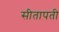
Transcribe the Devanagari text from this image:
सीतापती